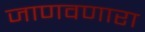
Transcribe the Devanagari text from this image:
जाणवणारा